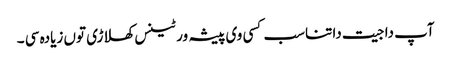
آپ دا جیت دا تناسب کسی وی پیشہ ور ٹینس کھلاڑی تو‏ں زیادہ سی ۔